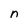
Character: n